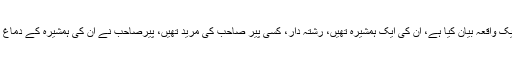
حضرت خلیفۃ المسیح الثانیؓ نے حضرت خلیفۃ المسیح الاولؓ کے حوالے سے ایک واقعہ بیان کیا ہے، اُن کی ایک ہمشیرہ تھیں، رشتہ دار، کسی پیر صاحب کی مرید تھیں، پیرصاحب نے ان کی ہمشیرہ کے دماغ میں یہ بٹھا دیا تھا کہ میرے مریدوں کو نمازوں اور عبادتوں کی ضرورت نہیں۔